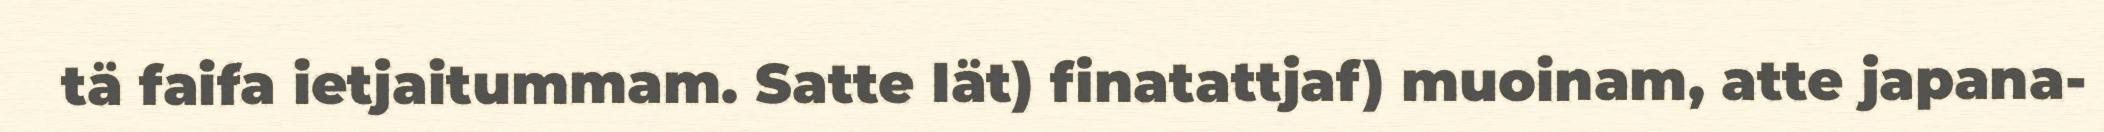
tä faifa ietjaitummam. Satte Iät) finatattjaf) muoinam, atte japana-